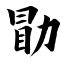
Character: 勖